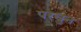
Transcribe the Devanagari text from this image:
परचुन